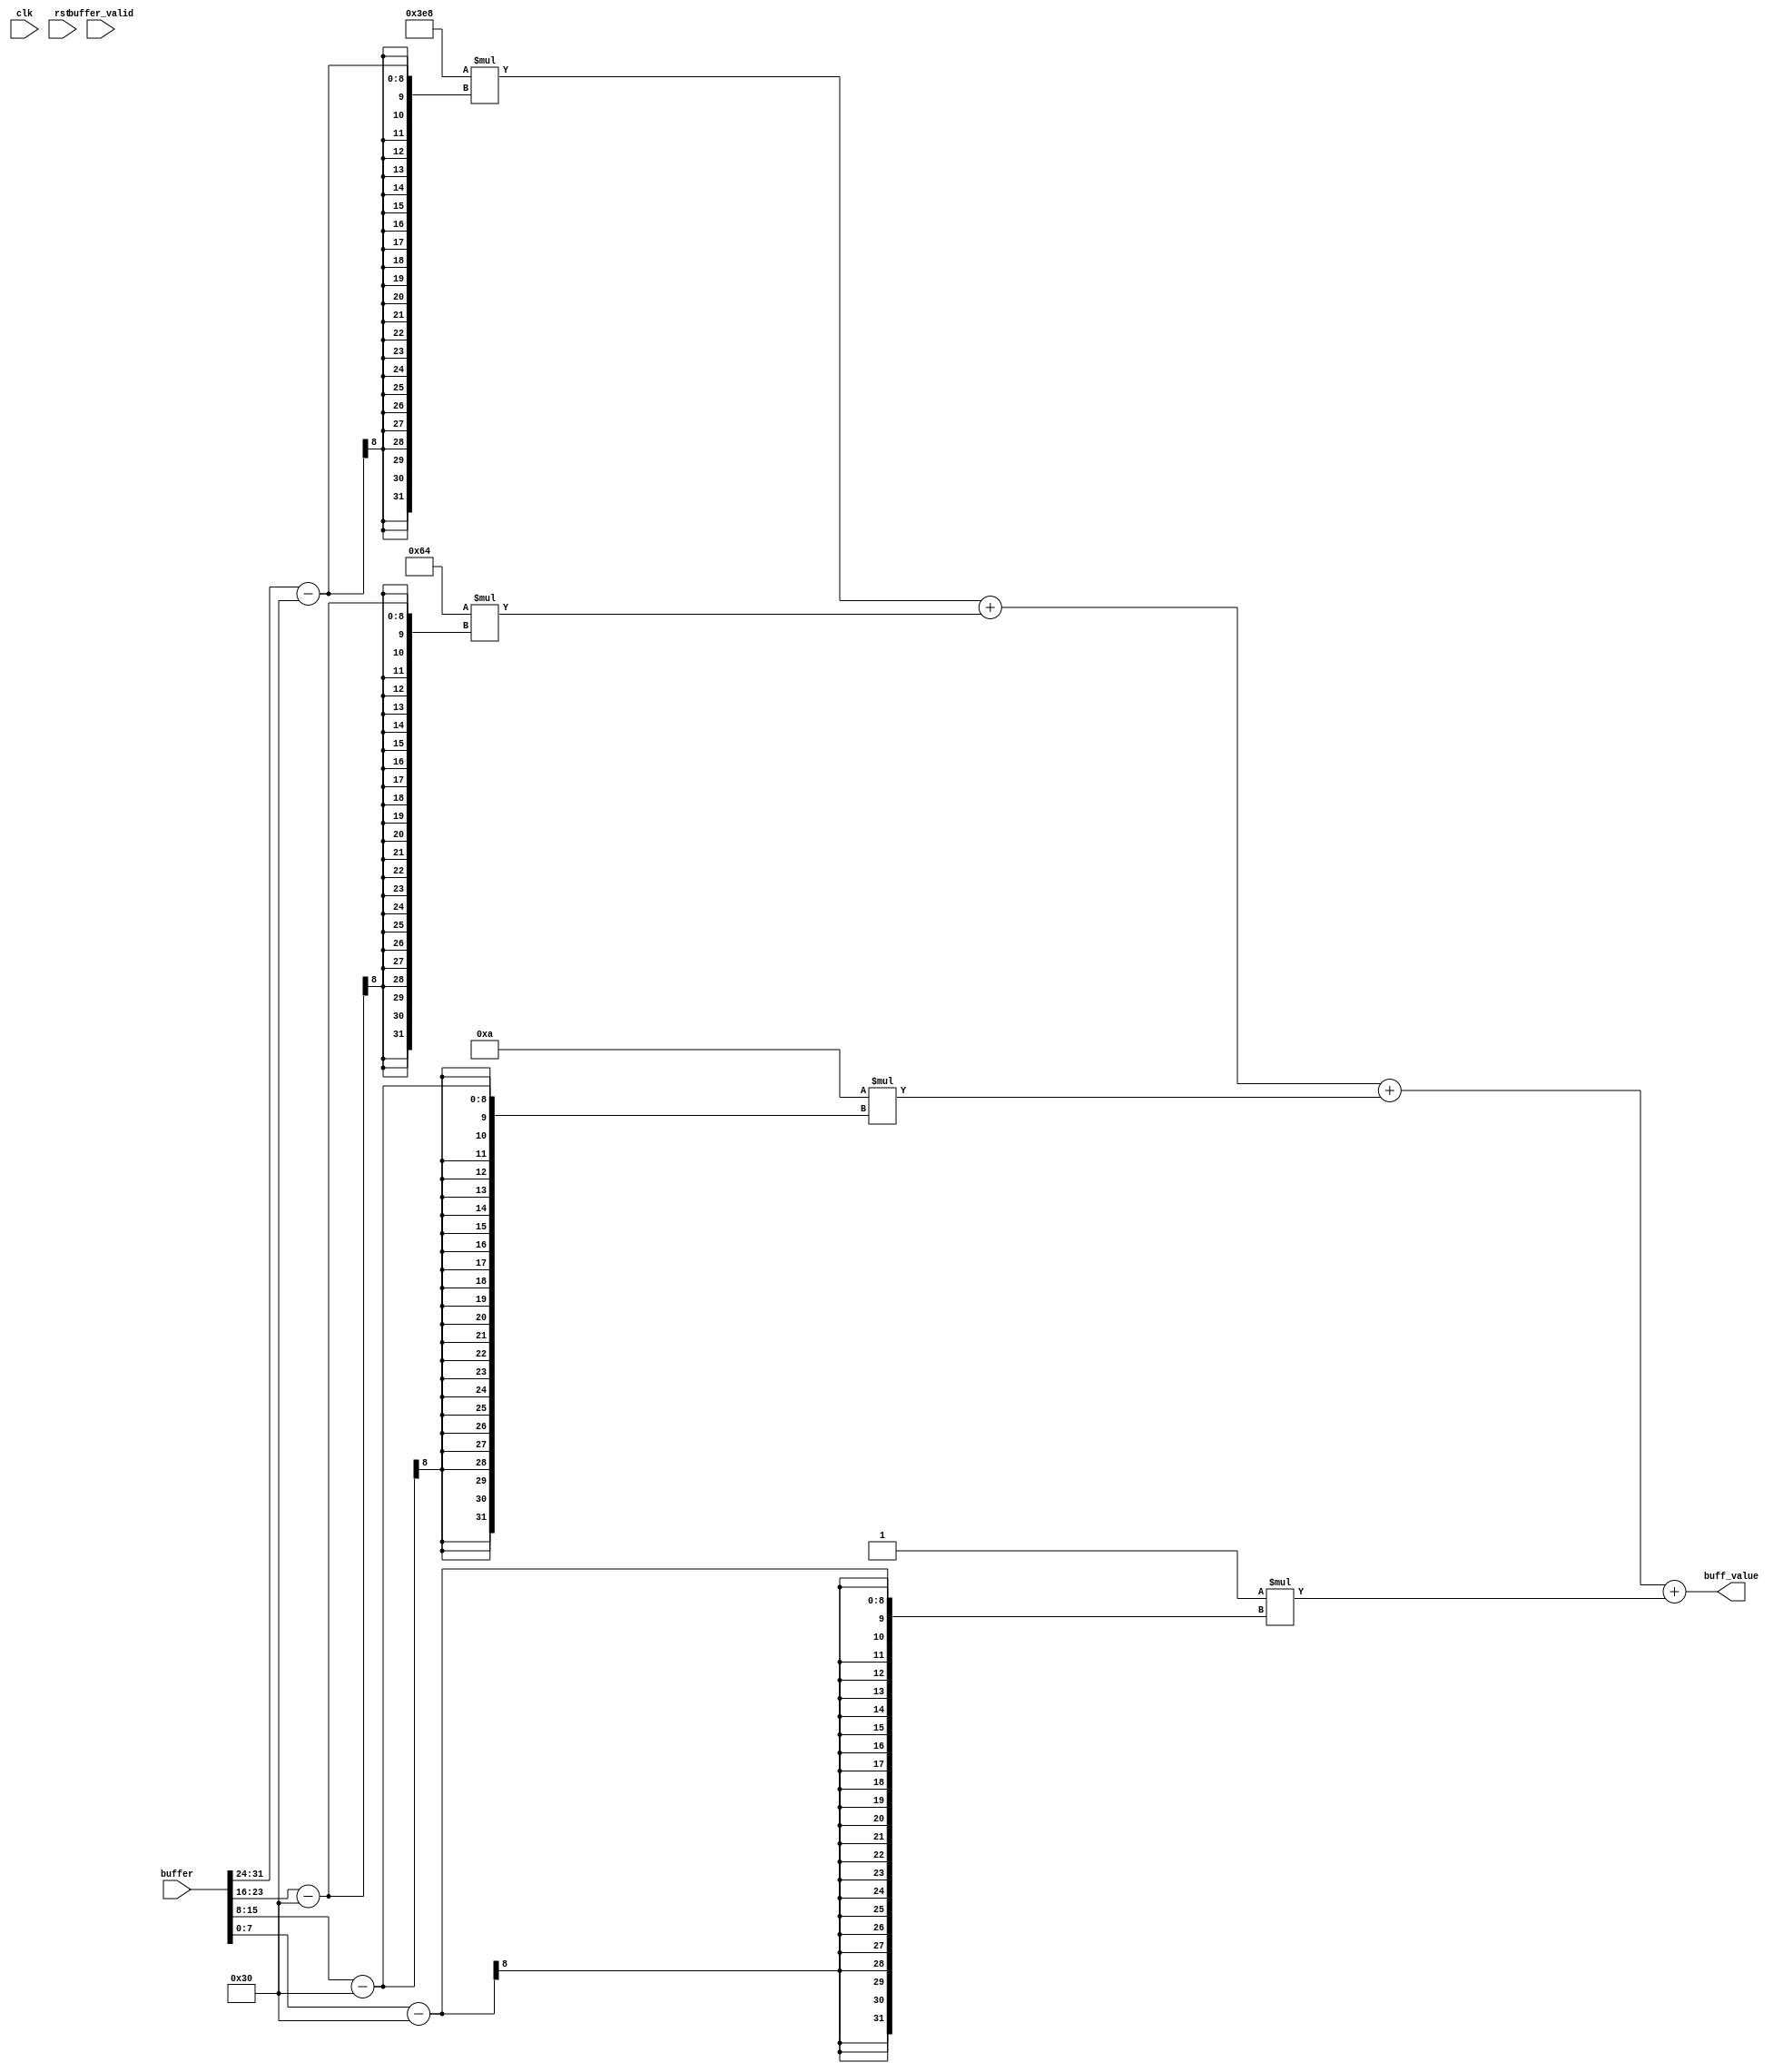
`ifndef _include_kb_buffer_decode_
`define _include_kb_buffer_decode_

module BufferDecode (
        input  wire [31:0] buffer,
        input  wire        buffer_valid,

        output wire [17:0] buff_value,

        input wire         clk,
        input wire         rst
    );

    assign buff_value = (
        (1000 * (buffer[31:24] - "0")) + 
        (100  * (buffer[23:16] - "0")) + 
        (10   * (buffer[15: 8] - "0")) +
        (1    * (buffer[ 7: 0] - "0"))
    );

endmodule
`endif // _include_kb_buffer_decode_